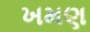
ખમણ